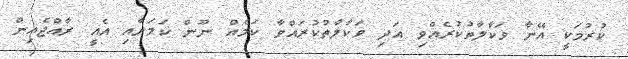
ކުރުމަކީ އޭނާ ވަކާލާތުކުރެއްވި އަދި ވަކާލާތުކުރައްވާ ކަމެއް ނޫން ކަމަށާއި އެއީ ރާއްޖެއިން